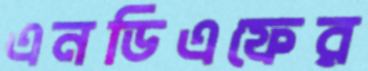
এনডিএফের